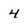
Character: 4